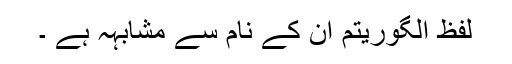
لفظ الگوریتم ان کے نام سے مشابہہ ہے ۔